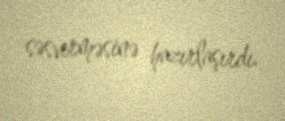
səsverməsinə hazırlaşırdı.